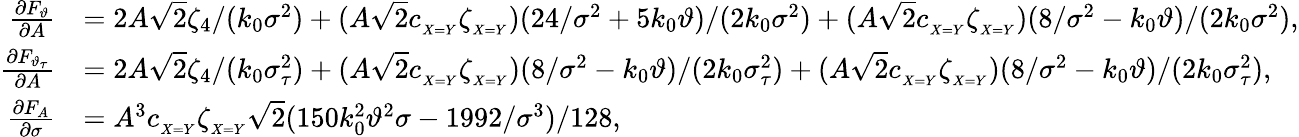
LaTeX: \begin{array}{rl}{\frac{\partial F_{\vartheta}}{\partial A}}&{=2A\sqrt{2}\zeta_{4}/(k_{0}\sigma^{2})+(A\sqrt{2}c_{_{X=Y}}\zeta_{_{X=Y}})(24/\sigma^{2}+5k_{0}\vartheta)/(2k_{0}\sigma^{2})+(A\sqrt{2}c_{_{X=Y}}\zeta_{_{X=Y}})(8/\sigma^{2}-k_{0}\vartheta)/(2k_{0}\sigma^{2}),}\\ {\frac{\partial F_{\vartheta_{\tau}}}{\partial A}}&{=2A\sqrt{2}\zeta_{4}/(k_{0}\sigma_{\tau}^{2})+(A\sqrt{2}c_{_{X=Y}}\zeta_{_{X=Y}})(8/\sigma^{2}-k_{0}\vartheta)/(2k_{0}\sigma_{\tau}^{2})+(A\sqrt{2}c_{_{X=Y}}\zeta_{_{X=Y}})(8/\sigma^{2}-k_{0}\vartheta)/(2k_{0}\sigma_{\tau}^{2}),}\\ {\frac{\partial F_{A}}{\partial\sigma}}&{=A^{3}c_{_{X=Y}}\zeta_{_{X=Y}}\sqrt{2}(150k_{0}^{2}\vartheta^{2}\sigma-1992/\sigma^{3})/128,}\end{array}